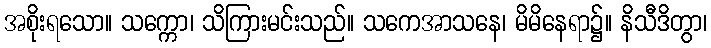
အစိုးရသော။ သက္ကော၊ သိကြားမင်းသည်။ သကေအာသနေ၊ မိမိနေရာ၌။ နိသီဒိတွာ၊